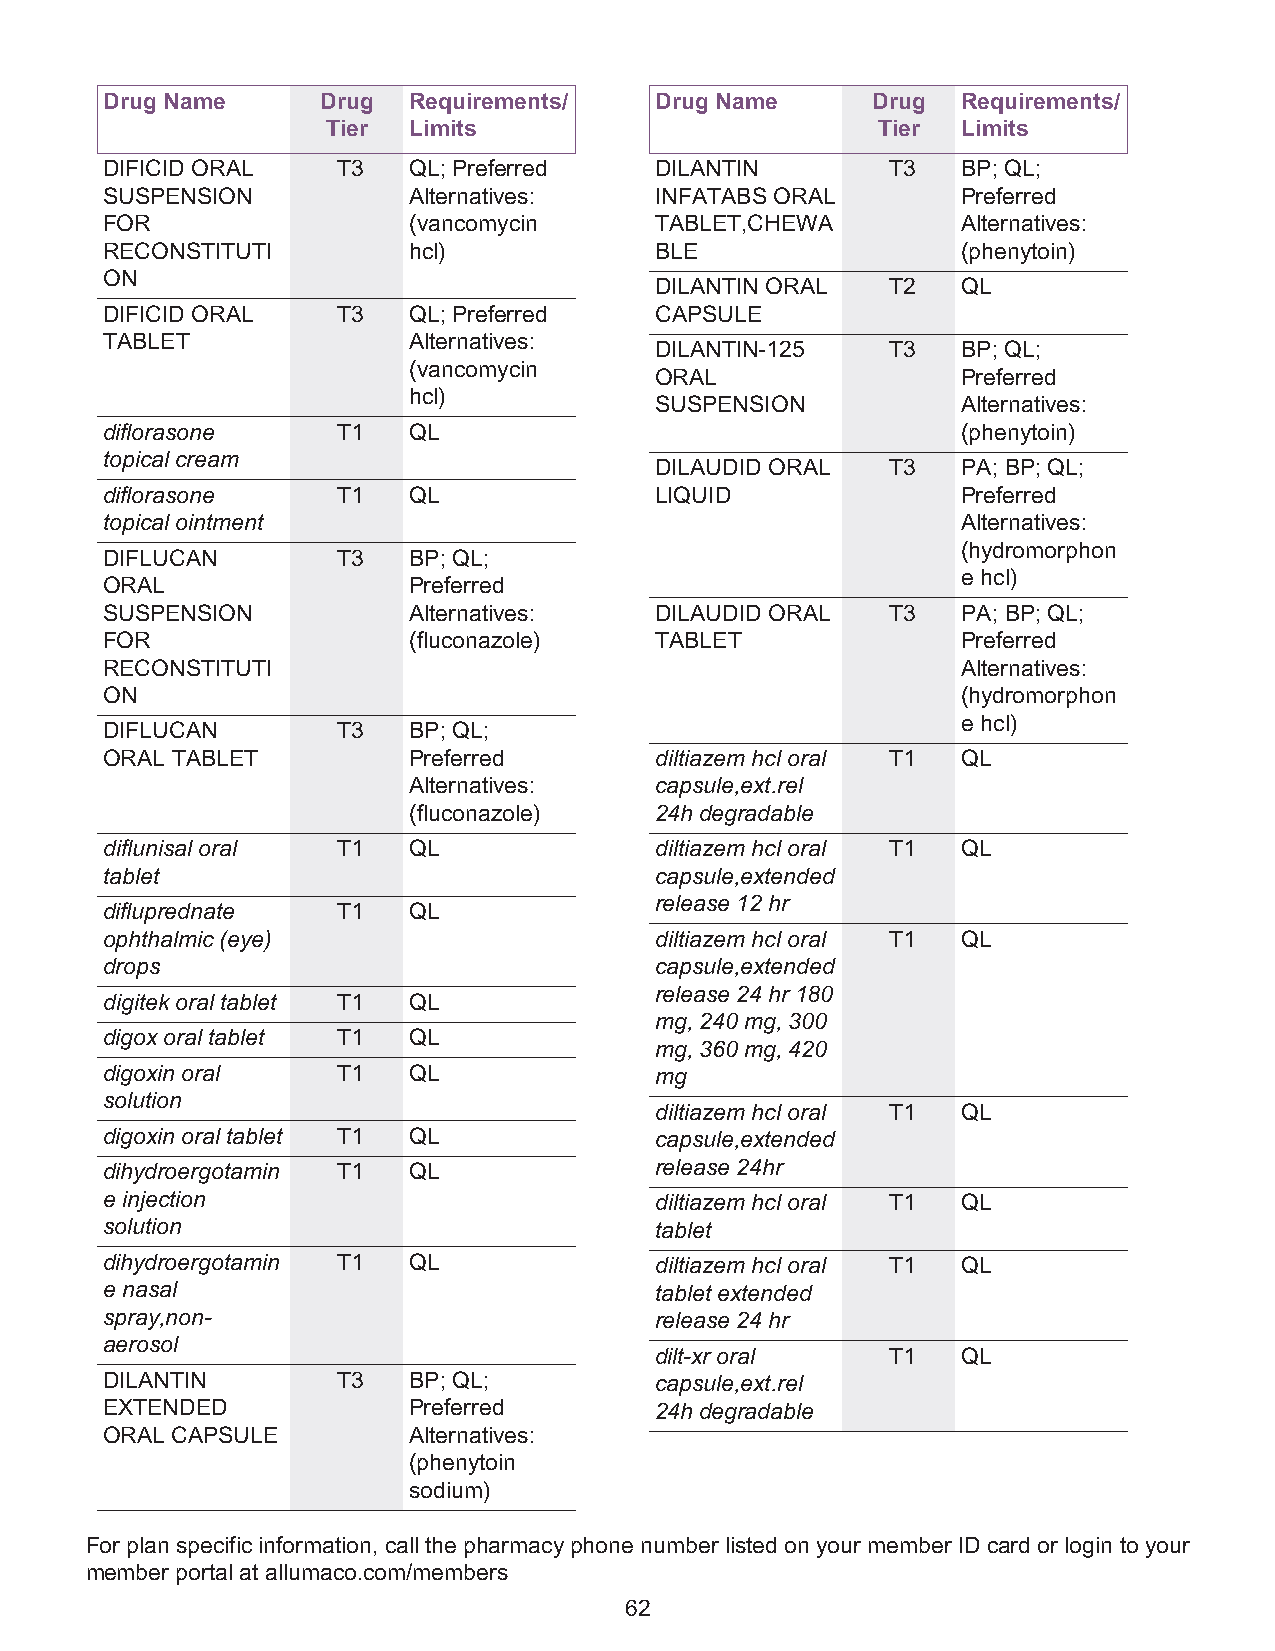
Drug Name     Drug  Requirements/   Drug Name      Drug  Requirements/
 Tier Limits                         Tier  Limits
 DIFICID ORAL   T3   QL; Preferred   DILANTIN        T3   BP; QL;
 SUSPENSION          Alternatives:   INFATABS ORAL        Preferred
 FOR                 (vancomycin     TABLET,CHEWA         Alternatives:
 RECONSTITUTI        hcl)            BLE                  (phenytoin)
 ON
 DILANTIN ORAL   T2   QL
 DIFICID ORAL   T3   QL; Preferred   CAPSULE
 TABLET              Alternatives:
 DILANTIN-125    T3   BP; QL;
 (vancomycin
 ORAL                 Preferred
 hcl)
 SUSPENSION           Alternatives:
 diflorasone    T1   QL                                   (phenytoin)
 topical cream
 DILAUDID ORAL   T3   PA; BP; QL;
 diflorasone    T1   QL              LIQUID               Preferred
 topical ointment                                         Alternatives:
 (hydromorphon
 DIFLUCAN       T3   BP; QL;
 e hcl)
 ORAL                Preferred
 SUSPENSION          Alternatives:   DILAUDID ORAL   T3   PA; BP; QL;
 FOR                 (fluconazole)   TABLET               Preferred
 RECONSTITUTI                                             Alternatives:
 ON                                                       (hydromorphon
 e hcl)
 DIFLUCAN       T3   BP; QL;
 ORAL TABLET         Preferred       diltiazem hcl oral T1 QL
 Alternatives:   capsule,ext.rel
 (fluconazole)   24h degradable
 diflunisal oral T1  QL              diltiazem hcl oral T1 QL
 tablet                              capsule,extended
 release 12 hr
 difluprednate  T1   QL
 ophthalmic (eye)                    diltiazem hcl oral T1 QL
 drops                               capsule,extended
 release 24 hr 180
 digitek oral tablet T1 QL
 mg, 240 mg, 300
 digox oral tablet T1 QL
 mg, 360 mg, 420
 digoxin oral   T1   QL              mg
 solution
 diltiazem hcl oral T1 QL
 digoxin oral tablet T1 QL           capsule,extended
 dihydroergotamin T1 QL              release 24hr
 e injection                         diltiazem hcl oral T1 QL
 solution                            tablet
 dihydroergotamin T1 QL              diltiazem hcl oral T1 QL
 e nasal                             tablet extended
 spray,non-                          release 24 hr
 aerosol
 dilt-xr oral    T1   QL
 DILANTIN       T3   BP; QL;         capsule,ext.rel
 EXTENDED            Preferred       24h degradable
 ORAL CAPSULE        Alternatives:
 (phenytoin
 sodium)
 For plan specific information, call the pharmacy phone number listed on your member ID card or login to your
 member portal at allumaco.com/members
 62